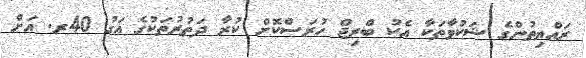
ރައްޔިތުންގެ ޝަކުވާތަކާ އެކު ބްރިޖް ހުރަސްކޮށް ކުރާ ދަތުރުތަކުގެ އަގު 40ރ. އަށް